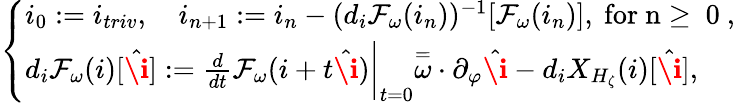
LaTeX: \begin{array}{r}{\left\{ \begin{array}{ll}{i_{0}:=i_{triv},\quad i_{n+1}:=i_{n}-(d_{i}\mathcal{F}_{\omega}(i_{n}))^{-1}[\mathcal{F}_{\omega}(i_{n})],\mathrm{~for~n\ge~0~},}\\ {d_{i}\mathcal{F}_{\omega}(i)[\hat{\textbf{\i}}]:=\frac{d}{dt}\mathcal{F}_{\omega}(i+t\hat{\textbf{\i}})\bigg|_{t=0}\overset=\omega\cdot\partial_{\varphi}\hat{\textbf{\i}}-d_{i}X_{H_{\zeta}}(i)[\hat{\textbf{\i}}],}\end{array}\right.}\end{array}